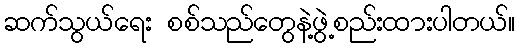
ဆက်သွယ်ရေး စစ်သည်တွေနဲ့ဖွဲ့စည်းထားပါတယ်။